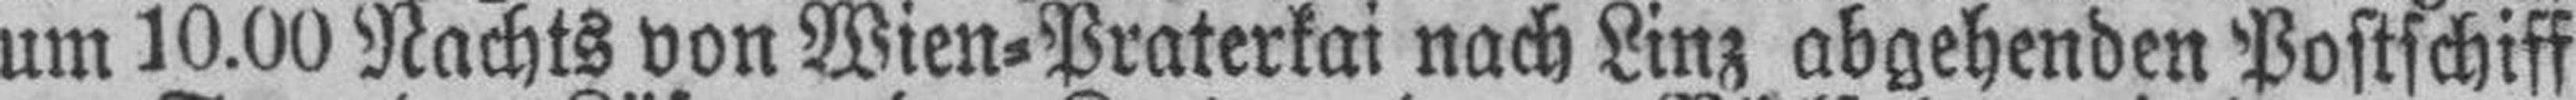
um 10.00 Nachts von Wien=Praterkai nach Linz abgehenden Postschiff